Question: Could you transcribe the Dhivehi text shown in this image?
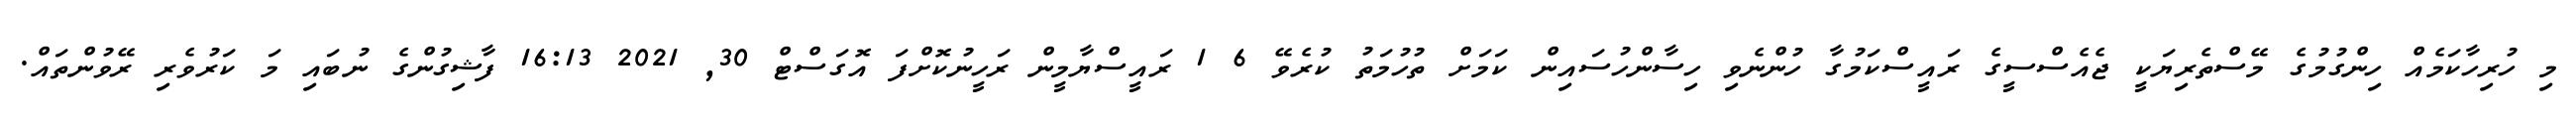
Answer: މި ހުރިހާކަމެއް ހިންގުމުގެ މޭސްތެރިޔަކީ ޖެއެސްސީގެ ރައީސްކަމުގާ ހުންނެވި ހިސާންހުސައިން ކަމަށް ތުހުމަތު ކުރެވޭ 6 1 ރައީސްޔާމީން ރަހީނުކޮށްފަ އޮގަސްޓް 30, 2021 16:13 ފާޝިގުންގެ ނުބައި މަ ކަރުވެރި ރޭވުންތައް.